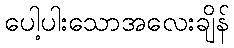
ပေါ့ပါးသောအလေးချိန်